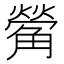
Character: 𮗵